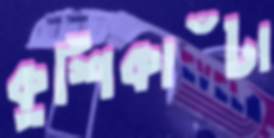
কুর্শিকাঁটা